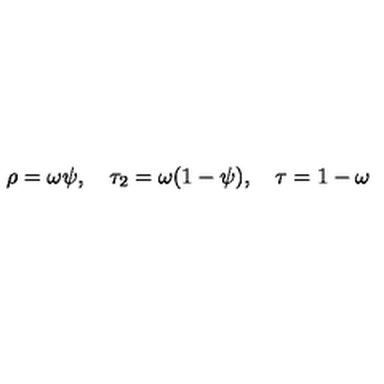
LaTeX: \rho = \omega \psi , \quad \tau _ { 2 } = \omega ( 1 - \psi ) , \quad \tau = 1 - \omega